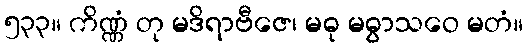
၅၃၃။ ကိဏ္ဏံ တု မဒိရာဗီဇေ၊ မဓု မဓွာသဝေ မတံ။